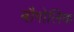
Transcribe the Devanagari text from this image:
बौगोलिक